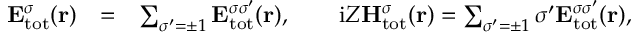
\begin{array} { r l r } { { \bf E } _ { \mathrm { { t o t } } } ^ { \sigma } ( { \bf r } ) } & { = } & { \sum _ { \sigma ^ { \prime } = \pm 1 } { \bf E } _ { \mathrm { t o t } } ^ { \sigma \sigma ^ { \prime } } ( { \bf r } ) , \qquad \mathrm { i } Z { \bf H } _ { \mathrm { t o t } } ^ { \sigma } ( { \bf r } ) = \sum _ { \sigma ^ { \prime } = \pm 1 } \sigma ^ { \prime } { \bf E } _ { \mathrm { { t o t } } } ^ { \sigma \sigma ^ { \prime } } ( { \bf r } ) , } \end{array}